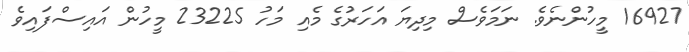
16927 މީހުންނެވެ. ނަމަވެސް މިދިޔަ އަހަރުގެ މެއި މަހު 23225 މީހުން އައިސްފައިވެ